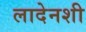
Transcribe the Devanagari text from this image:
लादेनशी